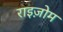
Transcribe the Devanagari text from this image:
राइज़ोम